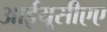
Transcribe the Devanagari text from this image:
आईयूसीएए